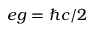
e g = \hbar c / 2